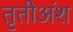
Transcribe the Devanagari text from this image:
तृतीअंश